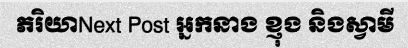
ភរិយាNext Post អ្នកនាង ខ្ញុង និងស្វាមី